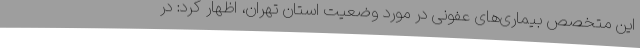
این متخصص بیماری‌های عفونی در مورد وضعیت استان تهران، اظهار کرد: در